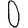
Digit: 0